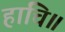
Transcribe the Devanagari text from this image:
हाचि॥